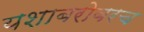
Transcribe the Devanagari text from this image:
यशाबरोबरच